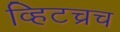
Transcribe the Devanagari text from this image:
व्हिटच्रच